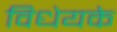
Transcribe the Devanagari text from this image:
विधेयके